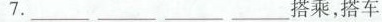
7.___________________搭乘，搭车